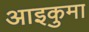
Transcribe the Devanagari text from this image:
आइकुमा